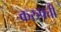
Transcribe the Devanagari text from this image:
करुपत्ती